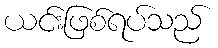
ယင်းဖြစ်ရပ်သည်